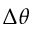
\Delta \theta